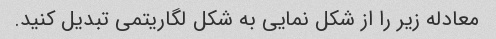
معادله زیر را از شکل نمایی به شکل لگاریتمی تبدیل کنید.